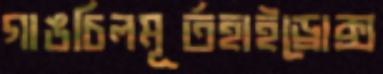
গাঙচিলমূর্তহাইড্রোক্স